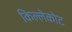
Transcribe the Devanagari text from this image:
किल्लेकोट